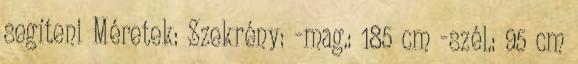
segíteni Méretek: Szekrény: -mag.: 185 cm -szél.: 95 cm